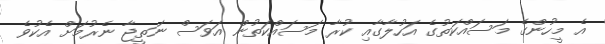
އެ މީހުންގެ މަސައްކަތުގެ އަހުލާގާއި ކުރާ މަސައްކަތުން އަވަސް ނަތީޖާ ނެރުމަށް އެކުވެ